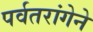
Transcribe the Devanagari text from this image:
पर्वतरांगेने